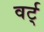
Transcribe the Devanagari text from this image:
वर्ट्